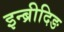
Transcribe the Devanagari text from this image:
इन्ब्रीदिङ